Annual report of the Punjab Veterinary College and of the Civil Veterinary Department, Punjab - 1926-1932
Year: 1926
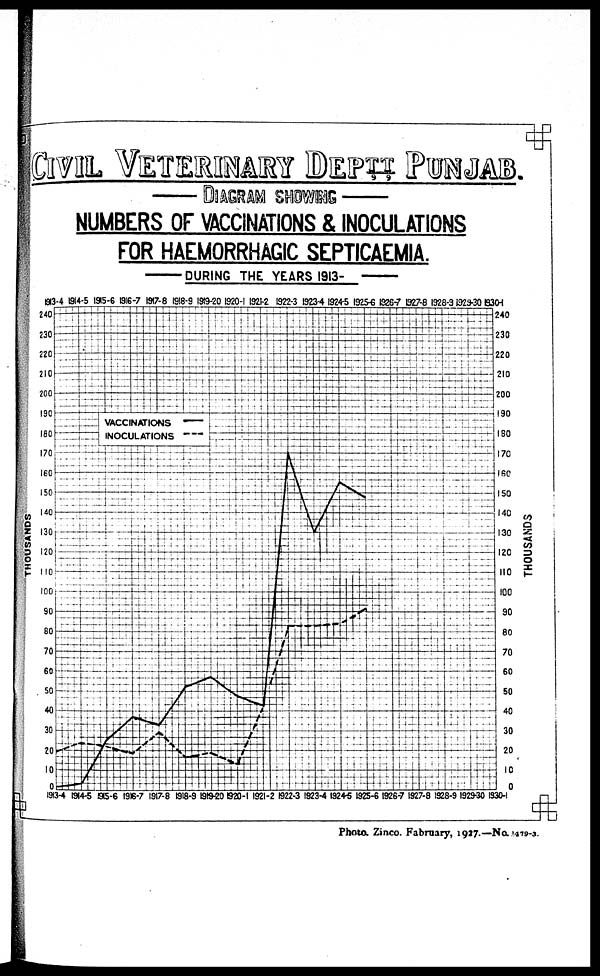
CIVIL VETERINARY DEPTT PU
DIAGRAM SHOWING
NUMBERS OF VACCINATIONS & INOCULATIONS
FOR HAEMORRHAGIC SEPTICAEMIA.
DURING THE YEARS 1913-
Photo. Zinco. Fabruary, 1917.—No. 1479-3.